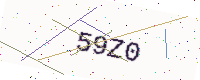
Text: 59Z0